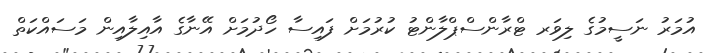
އުމަރު ނަސީމުގެ ލިވަރ ޓްރާންސްޕްލާންޓު ކުރުމަށް ފައިސާ ހޯދުމަށް އޭނާގެ އާއިލާއިން މަސައްކަތް